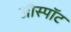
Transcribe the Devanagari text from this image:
जीस्पॉट